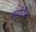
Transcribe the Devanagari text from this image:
लगोरीस